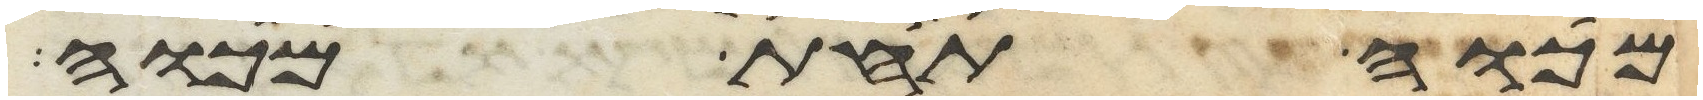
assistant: מכוה תחת מכוה